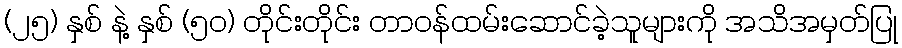
(၂၅) နှစ် နဲ့ နှစ် (၅၀) တိုင်းတိုင်း တာဝန်ထမ်းဆောင်ခဲ့သူများကို အသိအမှတ်ပြု